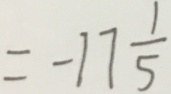
= - 1 7 \frac { 1 } { 5 }